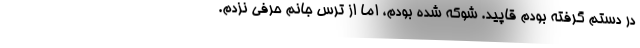
در دستم گرفته بودم قاپید. شوکه شده بودم، اما از ترس جانم حرفی نزدم.